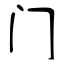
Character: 门